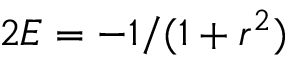
2 E = - 1 / ( 1 + r ^ { 2 } )